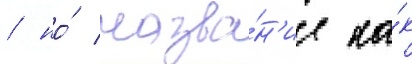
/ но́ назва́н'ие ка́к